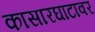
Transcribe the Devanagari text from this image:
कासारघाटावर